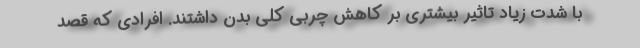
با شدت زیاد تاثیر بیشتری بر کاهش چربی کلی بدن داشتند. افرادی که قصد